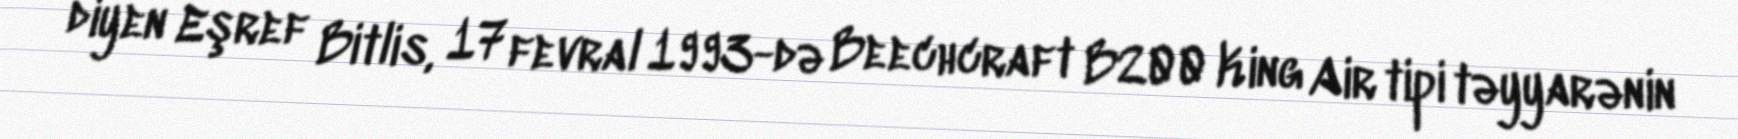
diyen Eşref Bitlis, 17 fevral 1993-də Beechcraft B200 King Air tipi təyyarənin